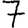
Digit: 7